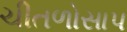
ચીતળોસાપ